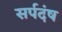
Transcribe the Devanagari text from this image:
सर्पदंष